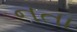
નતા